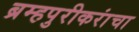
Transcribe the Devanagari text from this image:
ब्रम्हपुरीकरांचा